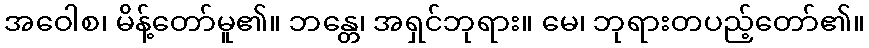
အဝေါစ၊ မိန့်တော်မူ၏။ ဘန္တေ၊ အရှင်ဘုရား။ မေ၊ ဘုရားတပည့်တော်၏။